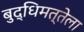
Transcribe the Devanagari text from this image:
बुद्धिमत्तेला